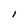
Character: l